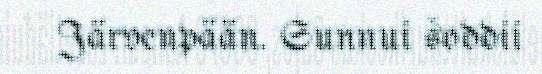
Järvenpään. Sunnui šoddii